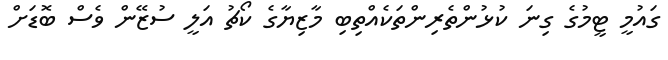
ގައުމީ ޓީމުގެ ގިނަ ކުޅުންތެރިންތަކެއްތިބި މާޒިޔާގެ ކޯޗު އަލީ ސުޒޭން ވެސް ބޮޑަށް